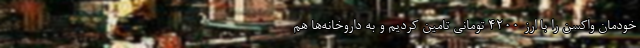
خودمان واکسن را با ارز ۴۲۰۰ تومانی تامین کردیم و به داروخانه‌ها هم